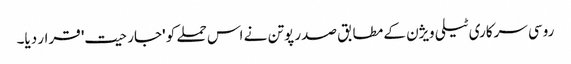
روسی سرکاری ٹیلی ویژن کے مطابق صدر پوتن نے اس حملے کو 'جارحیت' قرار دیا۔